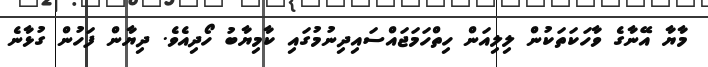
މާޔާ އޭނާގެ ވާހަކަތަކުން ލިލިއަން ހިތްހަމަޖައްސައިދިނުމުގައި ކާމިޔާބު ހޯދިއެވެ. ދިޔާން ފަހުން ގުޅާނެ